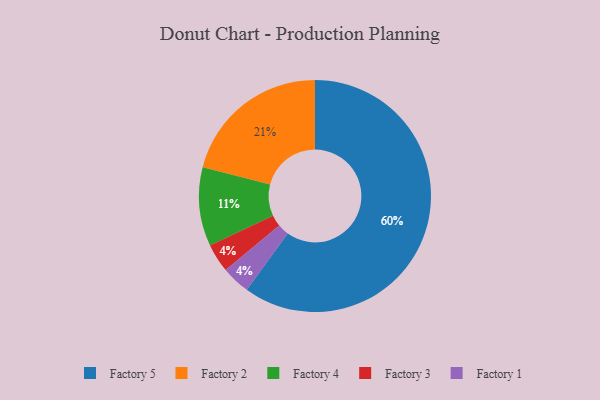
{"axis": {"x": "Category", "y": "Percentage"}, "legend": ["Factory 1", "Factory 2", "Factory 3", "Factory 4", "Factory 5"], "data": [{"x": "Factory 3", "y": 4, "type": "Factory 3"}, {"x": "Factory 4", "y": 11, "type": "Factory 4"}, {"x": "Factory 2", "y": 21, "type": "Factory 2"}, {"x": "Factory 5", "y": 60, "type": "Factory 5"}, {"x": "Factory 1", "y": 4, "type": "Factory 1"}]}